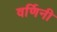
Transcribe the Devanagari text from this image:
वर्णिनी